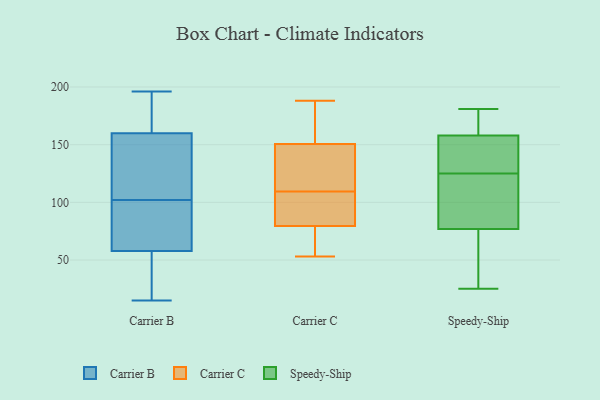
{"axis": {"x": "Waste Production (Tons)", "y": "Value"}, "legend": ["Carrier B", "Carrier C", "Speedy-Ship"], "data": [{"x": "", "y": 77, "type": "Carrier B"}, {"x": "", "y": 156, "type": "Carrier B"}, {"x": "", "y": 65, "type": "Carrier B"}, {"x": "", "y": 15, "type": "Carrier B"}, {"x": "", "y": 119, "type": "Carrier B"}, {"x": "", "y": 118, "type": "Carrier B"}, {"x": "", "y": 172, "type": "Carrier B"}, {"x": "", "y": 33, "type": "Carrier B"}, {"x": "", "y": 96, "type": "Carrier B"}, {"x": "", "y": 196, "type": "Carrier B"}, {"x": "", "y": 102, "type": "Carrier B"}, {"x": "", "y": 192, "type": "Carrier B"}, {"x": "", "y": 36, "type": "Carrier B"}, {"x": "", "y": 113, "type": "Carrier C"}, {"x": "", "y": 188, "type": "Carrier C"}, {"x": "", "y": 77, "type": "Carrier C"}, {"x": "", "y": 89, "type": "Carrier C"}, {"x": "", "y": 121, "type": "Carrier C"}, {"x": "", "y": 78, "type": "Carrier C"}, {"x": "", "y": 65, "type": "Carrier C"}, {"x": "", "y": 88, "type": "Carrier C"}, {"x": "", "y": 128, "type": "Carrier C"}, {"x": "", "y": 154, "type": "Carrier C"}, {"x": "", "y": 55, "type": "Carrier C"}, {"x": "", "y": 106, "type": "Carrier C"}, {"x": "", "y": 174, "type": "Carrier C"}, {"x": "", "y": 81, "type": "Carrier C"}, {"x": "", "y": 169, "type": "Carrier C"}, {"x": "", "y": 122, "type": "Carrier C"}, {"x": "", "y": 147, "type": "Carrier C"}, {"x": "", "y": 53, "type": "Carrier C"}, {"x": "", "y": 96, "type": "Carrier C"}, {"x": "", "y": 183, "type": "Carrier C"}, {"x": "", "y": 154, "type": "Speedy-Ship"}, {"x": "", "y": 181, "type": "Speedy-Ship"}, {"x": "", "y": 137, "type": "Speedy-Ship"}, {"x": "", "y": 25, "type": "Speedy-Ship"}, {"x": "", "y": 162, "type": "Speedy-Ship"}, {"x": "", "y": 102, "type": "Speedy-Ship"}, {"x": "", "y": 167, "type": "Speedy-Ship"}, {"x": "", "y": 113, "type": "Speedy-Ship"}, {"x": "", "y": 124, "type": "Speedy-Ship"}, {"x": "", "y": 126, "type": "Speedy-Ship"}, {"x": "", "y": 27, "type": "Speedy-Ship"}, {"x": "", "y": 52, "type": "Speedy-Ship"}]}